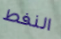
النفط